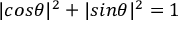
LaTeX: | c o s \theta | ^ { 2 } + | s i n \theta | ^ { 2 } = 1